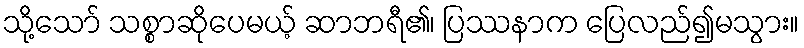
သို့သော် သစ္စာဆိုပေမယ့် ဆာဘရီ၏၊ ပြဿနာက ပြေလည်၍မသွား။